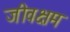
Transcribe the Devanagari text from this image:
जीवक्षम